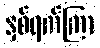
နှစ်ရက်ကြာ